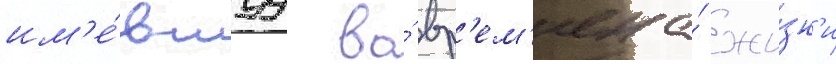
им'е́вшуу во́ вр'ем'ена́ жи́зн'и